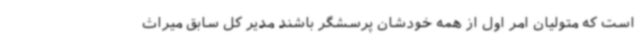
است که متولیان امر اول از همه خودشان پرسشگر باشند مدیر کل سابق میراث